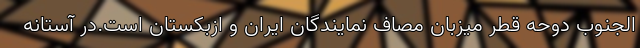
الجنوب دوحه قطر میزبان مصاف نمایندگان ایران و ازبکستان است.در آستانه